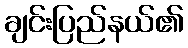
ချင်းပြည်နယ်၏